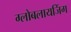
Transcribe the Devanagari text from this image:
ग्लोबलायजिंग